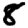
Digit: 8